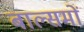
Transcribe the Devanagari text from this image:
बाल्समों